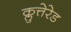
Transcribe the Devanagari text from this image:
क्लुत्तेरेड